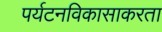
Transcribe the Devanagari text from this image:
पर्यटनविकासाकरता